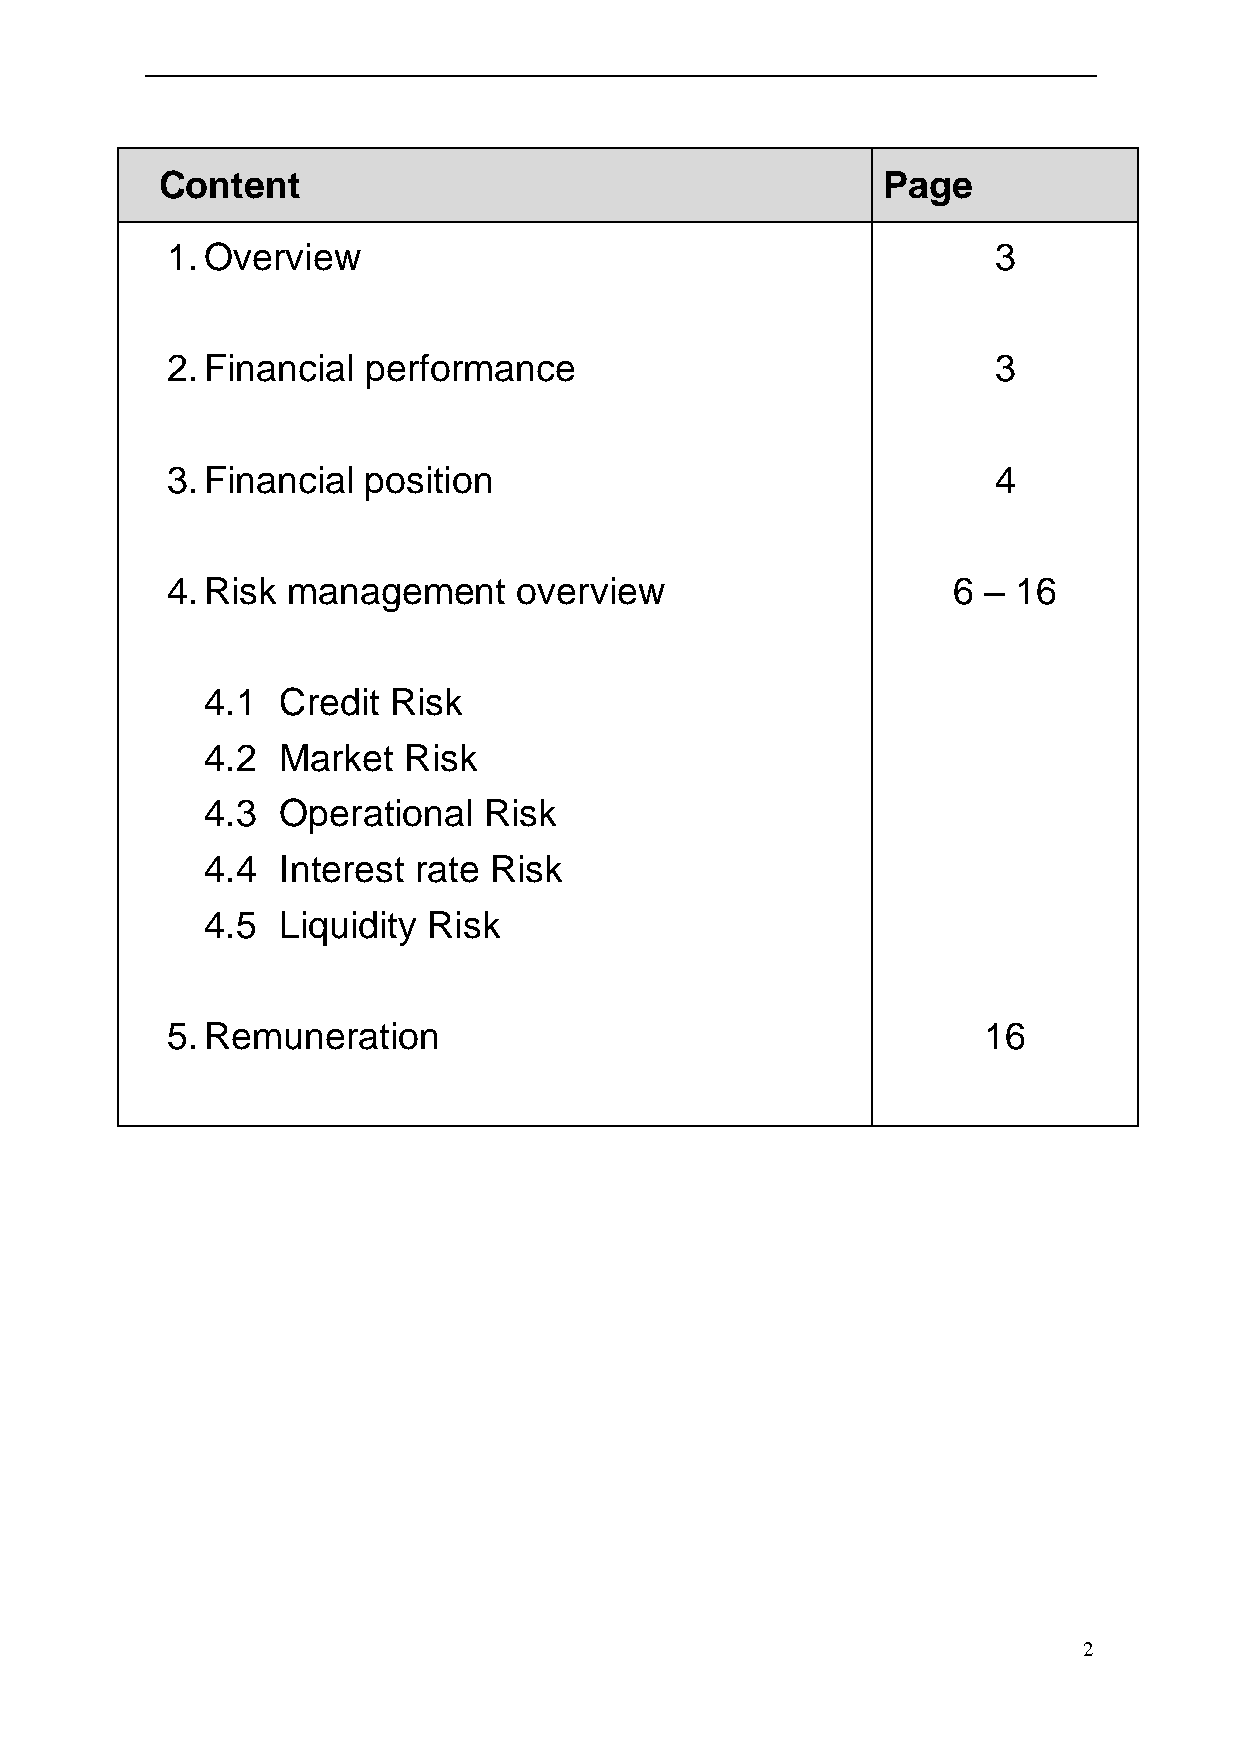
Content                                        Page
 1. Overview                                            3
 2. Financial performance                               3
 3. Financial position                                  4
 4. Risk management     overview                     6 – 16
 4.1 Credit  Risk
 4.2 Market   Risk
 4.3 Operational   Risk
 4.4 Interest rate Risk
 4.5 Liquidity Risk
 5. Remuneration                                       16
 2